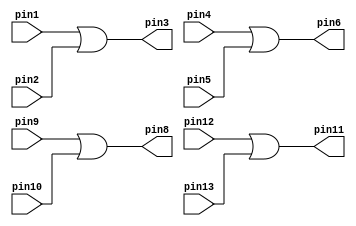
`timescale 1ns / 1ns // `timescale time_unit/time_precision

//OR gate, output pin assigned 1 if one of 2 inputs is 1
module V7432 (input pin1, pin2, pin4, pin5, pin9, pin10, pin12, pin13, output pin3, pin6, pin8, pin11);
	
	assign pin3= pin1 | pin2;
	assign pin6= pin4 | pin5;
	assign pin8= pin9 | pin10;
	assign pin11= pin12 | pin13;
	
endmodule

//AND gate, output pin is 1 if both inputs are 1
module V7408 (input pin1, pin2, pin4, pin5, pin9, pin10, pin12, pin13, output pin3, pin6, pin8, pin11);
	
	assign pin3=pin1 & pin2;
	assign pin6=pin4 & pin5;
	assign pin8=pin9 & pin10;
	assign pin11=pin12 & pin13;
	
endmodule

//Output is the inversion of the input
module V7404 (input pin1, pin3, pin5, pin9, pin11, pin13, output pin2, pin4, pin6, pin8, pin10, pin12);
	
	assign pin2 = ~pin1;
	assign pin4 = ~pin3;
	assign pin6 = ~pin5;
	assign pin8 = ~pin9;
	assign pin10 = ~pin11;
	assign pin12 = ~pin13;
	
endmodule

module muxGateLevel(SW, LEDR);
	input [2:0] SW;
	output [9:0] LEDR;
	wire w1, w2, w3;
	
	V7404 U1(.pin1(SW[2]), .pin2(w1));
	V7408 U2(.pin1(SW[0]), .pin2(w1), .pin3(w2));
	V7408 U3(.pin4(SW[2]), .pin5(SW[1]), .pin6(w3));
	V7432 U4(.pin1(w2), .pin2(w3), .pin3(LEDR[0]));
	
endmodule